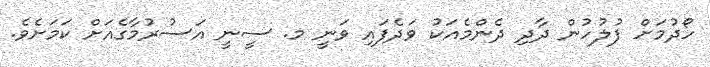
ހޯދުމަށް ފުލުހުން ދާދި ދެންމެއަކު ވަދެފައި ވަނީ މ. ސީނީ އަސުރުމާގެއަށް ކަމަށެވެ.